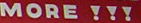
MORE !!!